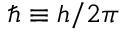
\hbar \equiv h / 2 \pi